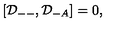
[ { \cal D } _ { -- } , { \cal D } _ { - A } ] = 0 ,